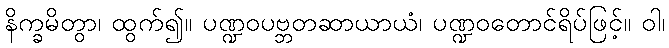
နိက္ခမိတွာ၊ ထွက်၍။ ပဏ္ဍဝပဗ္ဘတဆာယာယံ၊ ပဏ္ဍဝတောင်ရိပ်ဖြင့်။ ဝါ၊